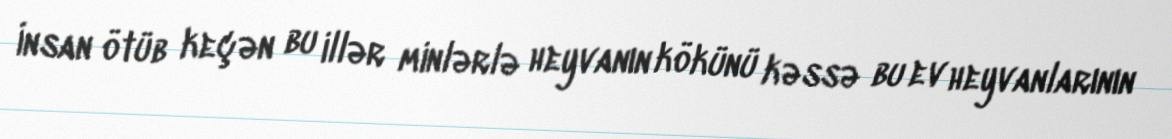
İnsan ötüb keçən bu illər minlərlə heyvanın kökünü kəssə bu ev heyvanlarının